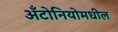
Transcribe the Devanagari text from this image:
अँटोनियोमधील